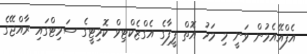
އެފްއޭއެމުން ވަނީ މި މަހު އޮތް ފީފާގެ އެގްޒެކްޓިވް ކޮމިޓީގެ ސަމިޓްގައި ރާއްޖޭގެ